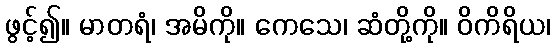
ဖွင့်၍။ မာတရံ၊ အမိကို။ ကေသေ၊ ဆံတို့ကို။ ဝိကိရိယ၊